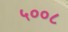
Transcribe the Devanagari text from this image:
५००८